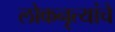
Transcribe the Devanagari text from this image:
लोकनृत्यांचे